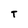
Character: T